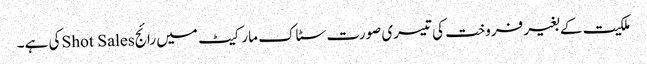
ملکیت کے بغیر فروخت کی تیسری صورت سٹاک مارکیٹ میں رائجShot Salesکی ہے۔